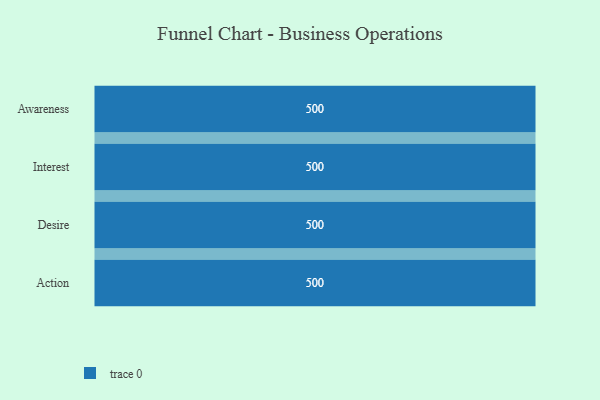
{"axis": {"x": "Stage", "y": "Value"}, "legend": [""], "data": [{"x": "Awareness", "y": 500, "type": ""}, {"x": "Interest", "y": 500, "type": ""}, {"x": "Desire", "y": 500, "type": ""}, {"x": "Action", "y": 500, "type": ""}]}